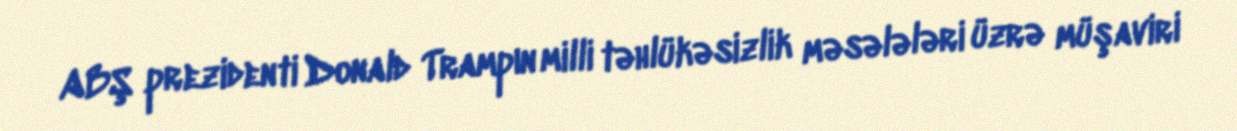
ABŞ prezidenti Donald Trampın milli təhlükəsizlik məsələləri üzrə müşaviri